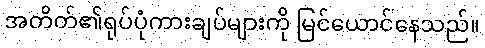
အတိတ်၏ရုပ်ပုံကားချပ်များကို မြင်ယောင်နေသည်။